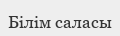
Білім саласы